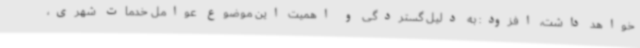
خواهد داشت، افزود: به دلیل گستردگی و اهمیت این موضوع عوامل خدمات شهری،